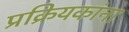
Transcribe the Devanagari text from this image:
प्रक्रियकांना